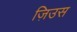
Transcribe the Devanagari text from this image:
ज़िउस